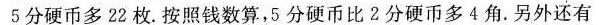
5分硬币多22枚。按照钱数算，5分硬币比2分硬币多4角。另外还有